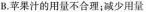
B.苹果汁的用量不合理；减少用量